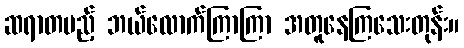
ဆရာတပည့် ဘယ်လောက်ကြာကြာ အတူနေကြသေးတုန်း။